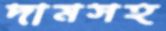
দামসহ